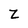
Character: z